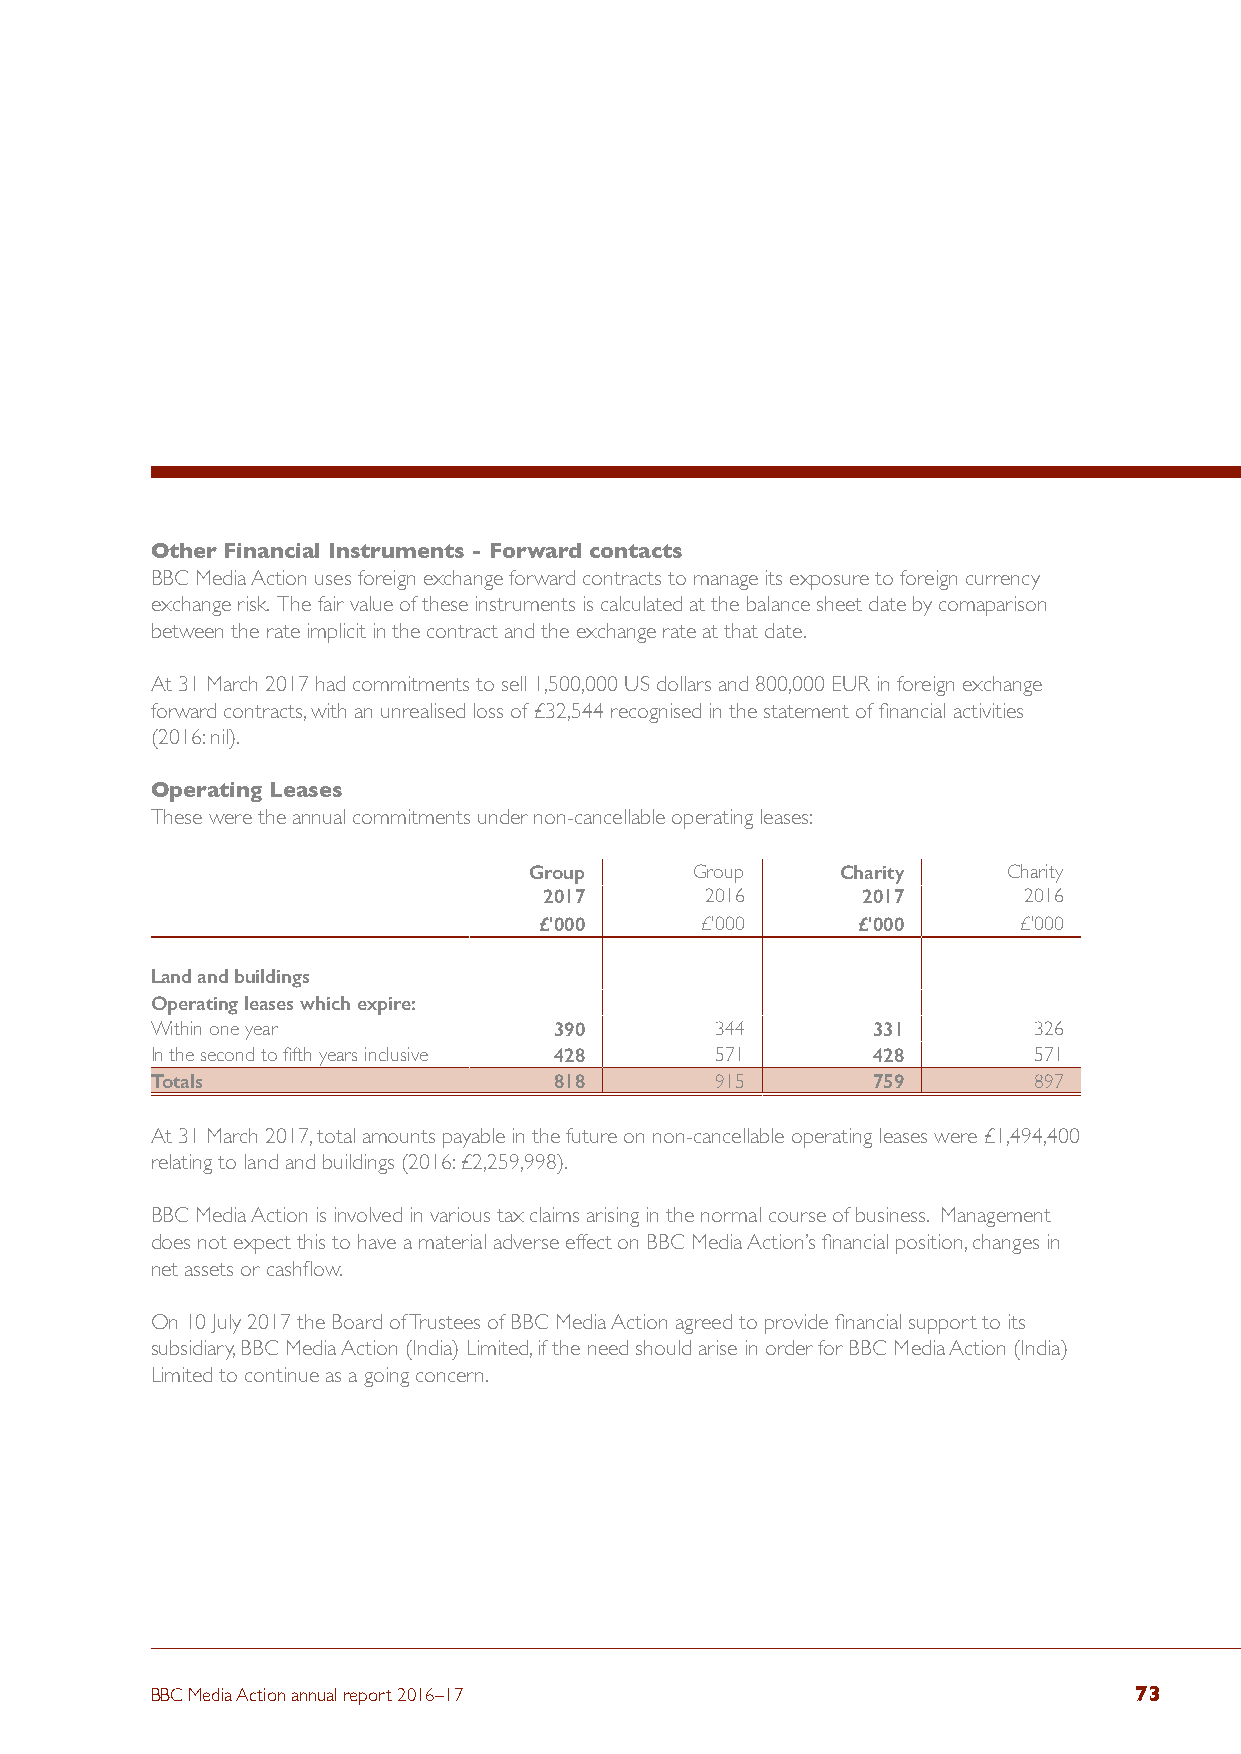
Other Financial Instruments - Forward contacts
 BBC Media Action uses foreign exchange forward contracts to manage its exposure to foreign currency
 exchange risk. The fair value of these instruments is calculated at the balance sheet date by comaparison
 between the rate implicit in the contract and the exchange rate at that date.
 At 31 March 2017 had commitments to sell 1,500,000 US dollars and 800,000 EUR in foreign exchange
 forward contracts, with an unrealised loss of £32,544 recognised in the statement of financial activities
 (2016: nil).
 Operating Leases
 These were the annual commitments under non-cancellable operating leases:
 Group      Group     Charity    Charity
 2017       2016      2017       2016
 £'000     £'000      £'000     £'000
 Land and buildings
 Operating leases which expire:
 Within one year            390       344        331       326
 In the second to fifth years inclusive 428 571  428       571
 Totals                     818       915        759       897
 At 31 March 2017, total amounts payable in the future on non-cancellable operating leases were £1,494,400
 relating to land and buildings (2016: £2,259,998).
 BBC Media Action is involved in various tax claims arising in the normal course of business. Management
 does not expect this to have a material adverse effect on BBC Media Action’s financial position, changes in
 net assets or cashflow.
 On 10 July 2017 the Board of Trustees of BBC Media Action agreed to provide financial support to its
 subsidiary, BBC Media Action (India) Limited, if the need should arise in order for BBC Media Action (India)
 Limited to continue as a going concern.
 BBC Media Action annual report 2016–17                           73